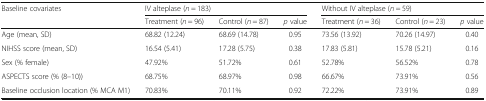
| <ROWSPAN=2> Baseline covariates | <COLSPAN=3> IV alteplase (n = 183) | <COLSPAN=3> Without IV alteplase (n = 59) |
 | Treatment (n = 96) | Control (n = 87) | p value | Treatment (n = 36) | Control (n = 23) | p value |
 | --- | --- | --- | --- | --- | --- | --- |
 | Age (mean, SD) | 68.82 (12.24) | 68.69 (14.78) | 0.95 | 73.56 (13.92) | 70.26 (14.97) | 0.40 |
 | NIHSS score (mean, SD) | 16.54 (5.41) | 17.28 (5.75) | 0.38 | 17.83 (5.81) | 15.78 (5.21) | 0.16 |
 | Sex (% female) | 47.92% | 51.72% | 0.61 | 52.78% | 56.52% | 0.78 |
 | ASPECTS score (% (8–10)) | 68.75% | 68.97% | 0.98 | 66.67% | 73.91% | 0.56 |
 | Baseline occlusion location (% MCA M1) | 70.83% | 70.11% | 0.92 | 72.22% | 73.91% | 0.89 |